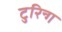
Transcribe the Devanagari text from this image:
टुरिन्ग